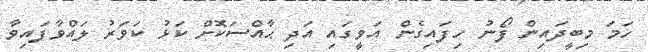
ހަމަ މިބީދައިން ފޯނު ހިފައިގެން އަވީގައި އަދި ޙާއްސަކޮށް ކަޅު ކަވަރު ލައްވާފައިވާ